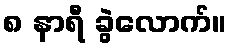
၈ နာရီ ခွဲလောက်။